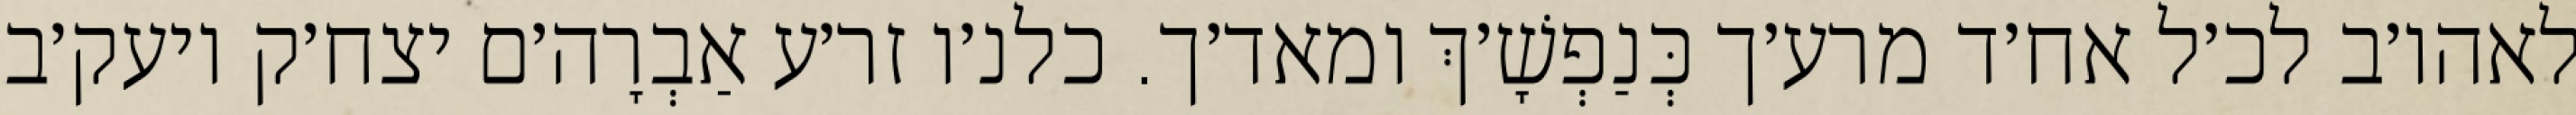
לאהו׳ב לכ׳ל אח׳ד מרע׳ך כְּנַפְשָׁ׳ךְ ומאד׳ך. כלנ׳ו זר׳ע אַבְרָה׳ם יצח׳ק ויעק׳ב